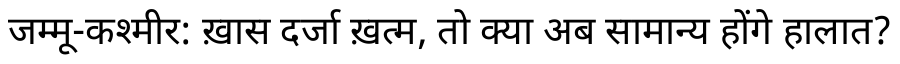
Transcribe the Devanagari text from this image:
जम्मू-कश्मीर: ख़ास दर्जा ख़त्म, तो क्या अब सामान्य होंगे हालात?